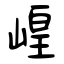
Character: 崲